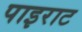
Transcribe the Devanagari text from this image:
पाइराट